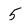
Character: 5